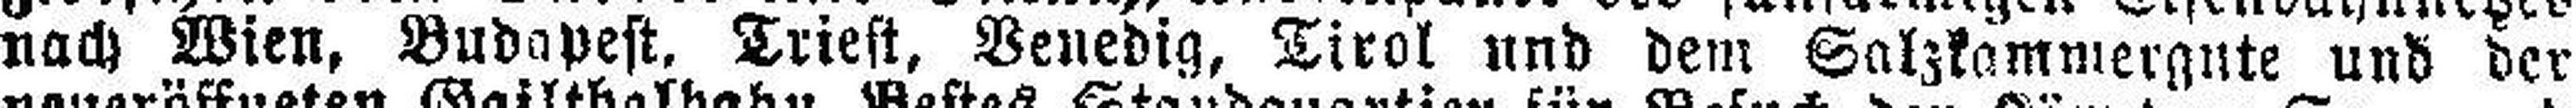
nach Wien, Budapest, Triest, Venedig, Tirol und dem Salzkammergute und der